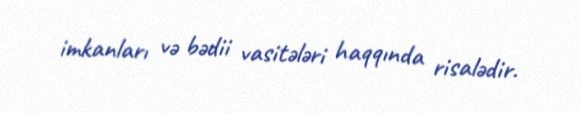
imkanları və bədii vasitələri haqqında risalədir.